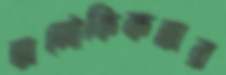
অলৌকিকতার